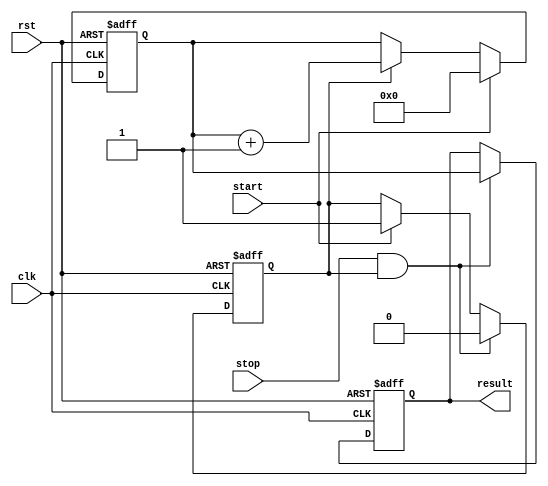
module TDC (
    input wire clk,             // System clock
    input wire rst,             // Asynchronous reset
    input wire start,           // Start signal
    input wire stop,            // Stop signal
    output reg [N-1:0] result   // Output register to hold the result
);

parameter N = 8;              // Number of bits for the output register
parameter DELAY_STAGES = 16;  // Number of delay stages
parameter DELAY_INCREMENT = 1; // Time increment per stage (in clock cycles)

// Delay line using an array of registers to store the delayed signals
reg [DELAY_STAGES-1:0] delay_line;

// Counter to count the number of clock cycles since the start signal
reg [N-1:0] counter;

// State flags
reg measuring;

// Sequential logic for counter and delay line
always @(posedge clk or posedge rst) begin
    if (rst) begin
        counter <= 0;
        result <= 0;
        measuring <= 0;
        delay_line <= 0;
    end else begin
        // Start Measurement
        if (start) begin
            counter <= 0;
            measuring <= 1;
            delay_line <= 1; // Initialize the first delay stage
        end else if (measuring) begin
            // Increment counter if measuring
            counter <= counter + 1;
            // Update delay line shift
            delay_line <= {delay_line[DELAY_STAGES-2:0], 0}; // Shift delay line
        end
        
        // Stop Measurement
        if (stop && measuring) begin
            result <= counter; // Capture the counter value
            measuring <= 0;    // Stop measuring
            delay_line <= 0;   // Reset delay line
        end
    end
end

endmodule